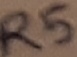
Text: R5